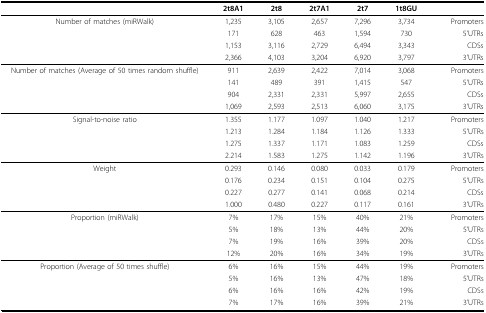
<table><thead><tr><td></td><td><b>2t8A1</b></td><td><b>2t8</b></td><td><b>2t7A1</b></td><td><b>2t7</b></td><td><b>1t8GU</b></td><td></td></tr></thead><tbody><tr><td>Number of matches (miRWalk)</td><td>1,235</td><td>3,105</td><td>2,657</td><td>7,296</td><td>3,734</td><td>Promoters</td></tr><tr><td></td><td>171</td><td>628</td><td>463</td><td>1,594</td><td>730</td><td>5&#x27;UTRs</td></tr><tr><td></td><td>1,153</td><td>3,116</td><td>2,729</td><td>6,494</td><td>3,343</td><td>CDSs</td></tr><tr><td></td><td>2,366</td><td>4,103</td><td>3,204</td><td>6,920</td><td>3,797</td><td>3&#x27;UTRs</td></tr><tr><td>Number of matches (Average of 50 times random shuffle)</td><td>911</td><td>2,639</td><td>2,422</td><td>7,014</td><td>3,068</td><td>Promoters</td></tr><tr><td></td><td>141</td><td>489</td><td>391</td><td>1,415</td><td>547</td><td>5&#x27;UTRs</td></tr><tr><td></td><td>904</td><td>2,331</td><td>2,331</td><td>5,997</td><td>2,655</td><td>CDSs</td></tr><tr><td></td><td>1,069</td><td>2,593</td><td>2,513</td><td>6,060</td><td>3,175</td><td>3&#x27;UTRs</td></tr><tr><td>Signal-to-noise ratio</td><td>1.355</td><td>1.177</td><td>1.097</td><td>1.040</td><td>1.217</td><td>Promoters</td></tr><tr><td></td><td>1.213</td><td>1.284</td><td>1.184</td><td>1.126</td><td>1.333</td><td>5&#x27;UTRs</td></tr><tr><td></td><td>1.275</td><td>1.337</td><td>1.171</td><td>1.083</td><td>1.259</td><td>CDSs</td></tr><tr><td></td><td>2.214</td><td>1.583</td><td>1.275</td><td>1.142</td><td>1.196</td><td>3&#x27;UTRs</td></tr><tr><td>Weight</td><td>0.293</td><td>0.146</td><td>0.080</td><td>0.033</td><td>0.179</td><td>Promoters</td></tr><tr><td></td><td>0.176</td><td>0.234</td><td>0.151</td><td>0.104</td><td>0.275</td><td>5&#x27;UTRs</td></tr><tr><td></td><td>0.227</td><td>0.277</td><td>0.141</td><td>0.068</td><td>0.214</td><td>CDSs</td></tr><tr><td></td><td>1.000</td><td>0.480</td><td>0.227</td><td>0.117</td><td>0.161</td><td>3&#x27;UTRs</td></tr><tr><td>Proportion (miRWalk)</td><td>7%</td><td>17%</td><td>15%</td><td>40%</td><td>21%</td><td>Promoters</td></tr><tr><td></td><td>5%</td><td>18%</td><td>13%</td><td>44%</td><td>20%</td><td>5&#x27;UTRs</td></tr><tr><td></td><td>7%</td><td>19%</td><td>16%</td><td>39%</td><td>20%</td><td>CDSs</td></tr><tr><td></td><td>12%</td><td>20%</td><td>16%</td><td>34%</td><td>19%</td><td>3&#x27;UTRs</td></tr><tr><td>Proportion (Average of 50 times shuffle)</td><td>6%</td><td>16%</td><td>15%</td><td>44%</td><td>19%</td><td>Promoters</td></tr><tr><td></td><td>5%</td><td>16%</td><td>13%</td><td>47%</td><td>18%</td><td>5&#x27;UTRs</td></tr><tr><td></td><td>6%</td><td>16%</td><td>16%</td><td>42%</td><td>19%</td><td>CDSs</td></tr><tr><td></td><td>7%</td><td>17%</td><td>16%</td><td>39%</td><td>21%</td><td>3&#x27;UTRs</td></tr></tbody></table>